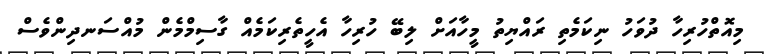
މިއޮތްހުރިހާ ދުވަހު ނިކަމެތި ރައްޔިތު މީހާއަށް ލިބޭ ހުރިހާ އެހީތެރިކަމެއް ގާސިމްމެން މުއްސަނދިންވެސް